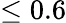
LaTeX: \le 0.6